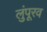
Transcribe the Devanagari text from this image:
लुंपूरव